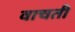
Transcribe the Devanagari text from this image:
वाचती